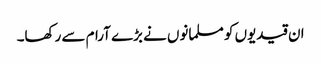
ان قیدیوں کو مسلمانوں نے بڑے آرام سے رکھا۔